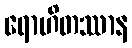
ရောဟိတဿာန